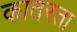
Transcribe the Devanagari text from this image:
कातरता